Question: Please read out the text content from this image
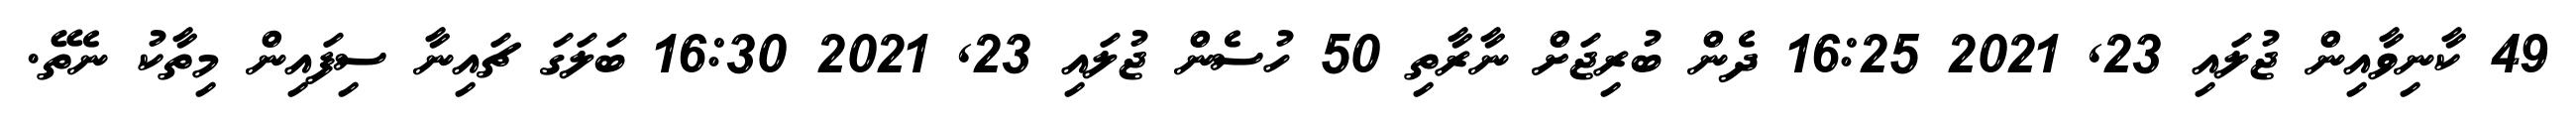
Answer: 49 ކާނިވާއިން ޖުލައި 23, 2021 16:25 ދެން ބުރިޖަށް ނާރާތި 50 ހުސެން ޖުލައި 23, 2021 16:30 ބަލަގަ ޗައިނާ ސިފައިން މިތާކު ނެތޭ.